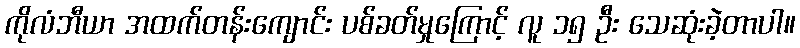
ကိုလံဘီယာ အထက်တန်းကျောင်း ပစ်ခတ်မှုကြောင့် လူ ၁၅ ဦး သေဆုံးခဲ့တာပါ။